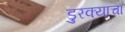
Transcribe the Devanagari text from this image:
डुरक्याचा